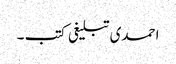
احمدی تبلیغی کتب ۔